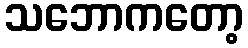
သဘောကတော့